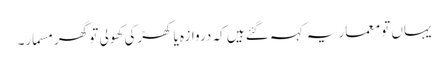
یہاں تو معمار یہ کہہ گئے ہیں کہ دروازہ یا کھڑکی کھولی تو گھر مسمار۔